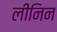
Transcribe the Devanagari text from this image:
लीनिन